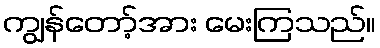
ကျွန်တော့်အား မေးကြသည်။